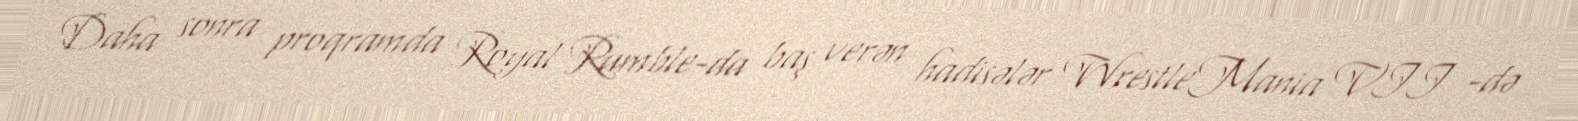
Daha sonra proqramda Royal Rumble-da baş verən hadisələr WrestleMania VII -də